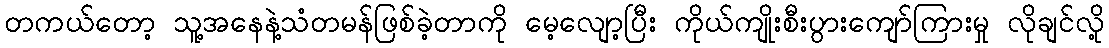
တကယ်တော့ သူ့အနေနဲ့သံတမန်ဖြစ်ခဲ့တာကို မေ့လျော့ပြီး ကိုယ်ကျိုးစီးပွားကျော်ကြားမှု လိုချင်လို့